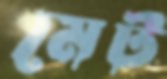
মেট